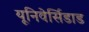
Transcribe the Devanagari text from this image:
यूनिवेर्सिडाड